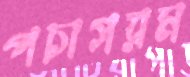
পচাগরম